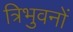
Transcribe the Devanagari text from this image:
त्रिभुवनों